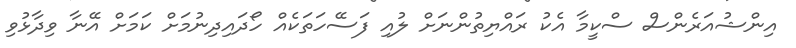
އިންޝުއަރެންސް ސްކީމާ އެކު ރައްޔިތުންނަށް ލުއި ފަސޭހަތަކެއް ހޯދައިދިނުމަށް ކަމަށް އޭނާ ވިދާޅުވި